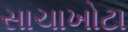
સાચાખોટા